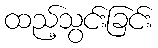
ထည့်သွင်းခြင်း